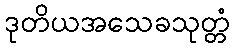
ဒုတိယအသေခသုတ္တံ